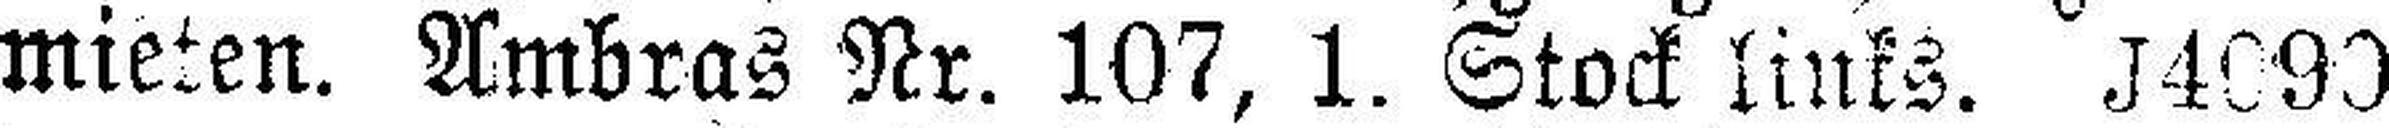
mieten. Ambras Nr. 107, 1. Stock links. J4090